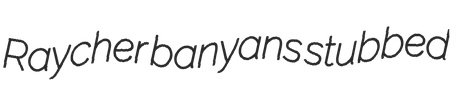
Raycher banyans stubbed